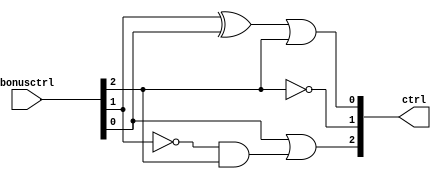
//  0716206

module Compare( 
	ctrl,
	bonusctrl
);

output [2:0] ctrl;
input  [2:0] bonusctrl;

assign ctrl[2] = bonusctrl[0] | (~bonusctrl[1] & bonusctrl[2]);
assign ctrl[1] = ~bonusctrl[2];
assign ctrl[0] = (bonusctrl[1] ^ bonusctrl[0]) | bonusctrl[2];

endmodule